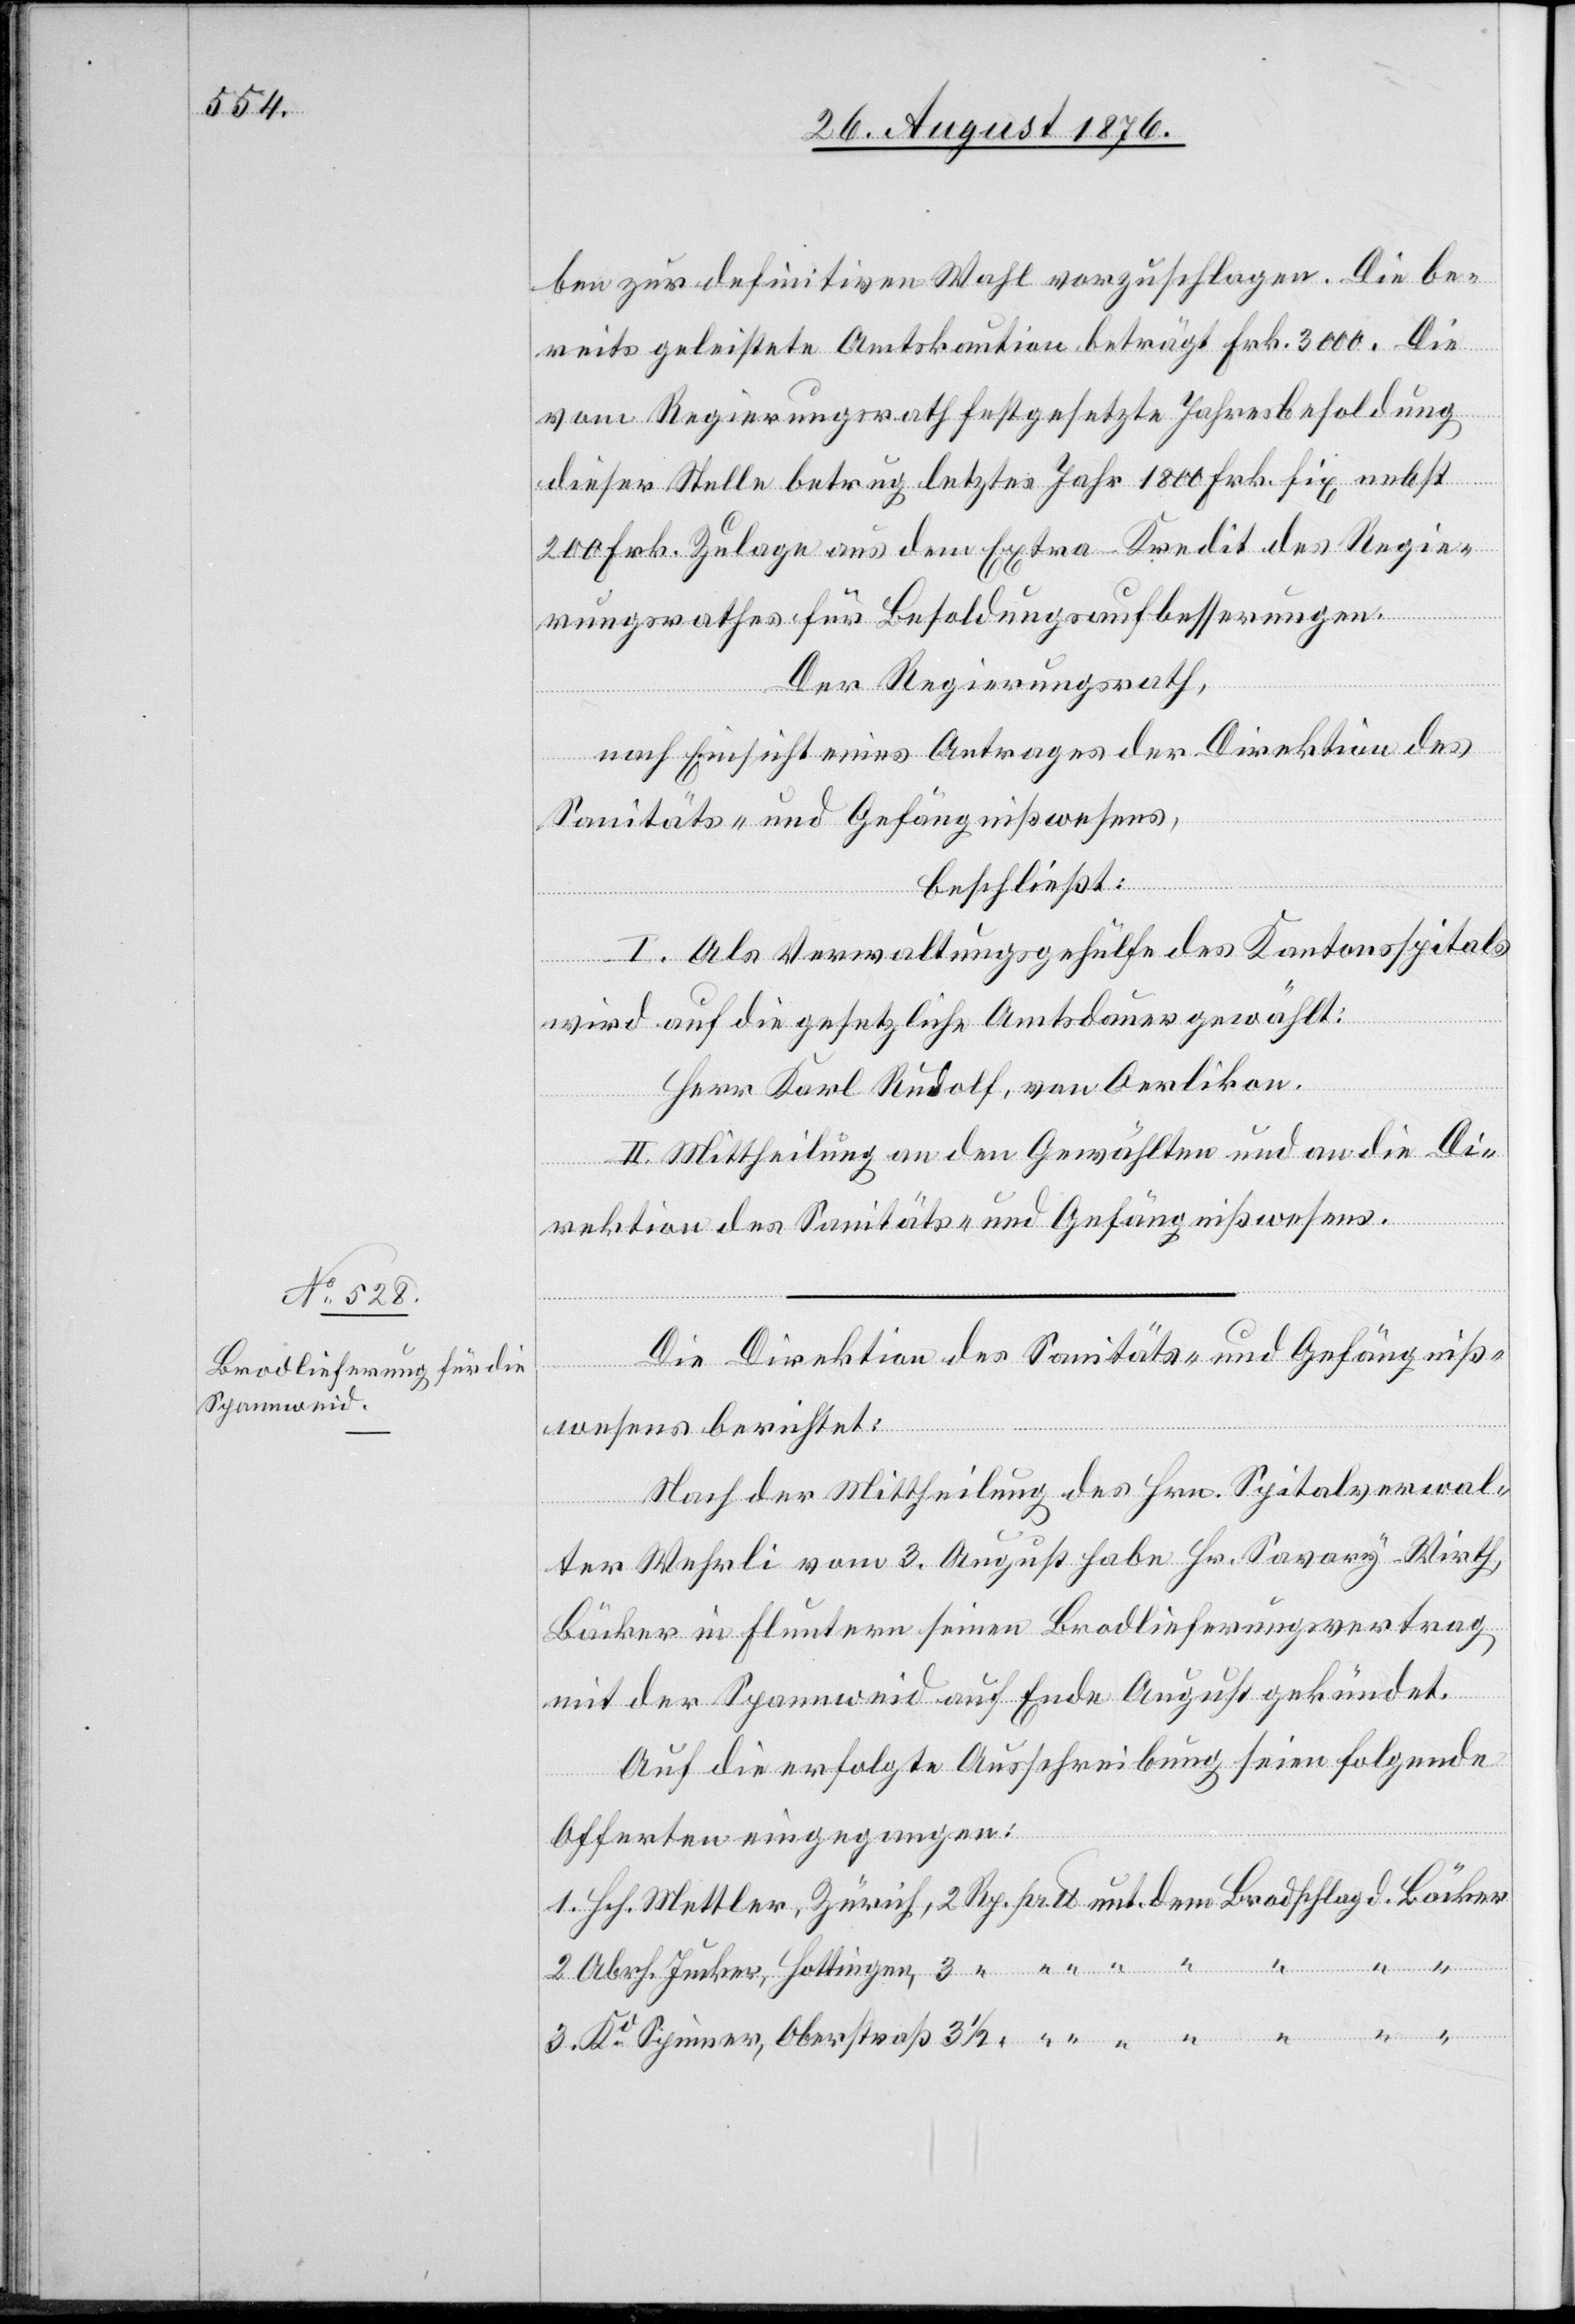
ben zur definitiven Wahl vorzuschlagen. Die be¬
reits geleistete Amtskaution beträgt Frk. 3000. Die
vom Regierungsrath festgesetzte Jahresbesoldung
dem
dieser Stelle betrug letztes Jahr 1800 Frk. fix nebst
200 Frk. Zulage aus dem Extra-Kredit des Regie¬
rungsrathes für Besoldungsaufbesserungen.
Der Regierungsrath,
nach Einsicht eines Antrages der Direktion des
Sanitäts- und Gefängnißwesens,
Spinner,
beschließt:
I. Als Verwaltungsgehülfe des Kantonsspitals
wird auf die gesetzliche Amtsdauer gewählt:
Herr Karl Rudolf, von Oerlikon.
II. Mittheilung an den Gewählten und an die Di¬
rektion des Sanitäts- und Gefängniswesens.
Die Direktion des Sanitäts- und Gefängniß¬
3.
wesens berichtet:
Nach der Mittheilung des Hrn. Spitalverwal¬
ter Wehrli vom 3. August habe Hr. Savory-Wirth,
Bäcker in Fluntern seinen Brodlieferungsvertrag
mit der Spannweid auf Ende August gekündet.
Auf die erfolgte Ausschreibung seien folgende
Offerten eingegangen: